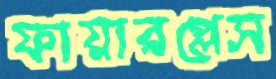
ফায়ারপ্লেস